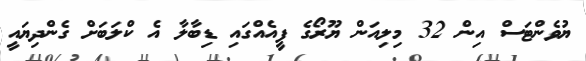
ޔުވެންޓަސް އިން 32 މިލިއަން ޔޫރޯގެ ފީއެއްގައި ޑިބާލާ އެ ކްލަބަށް ގެންދިޔައީ